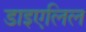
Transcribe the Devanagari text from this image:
डाइएलिल